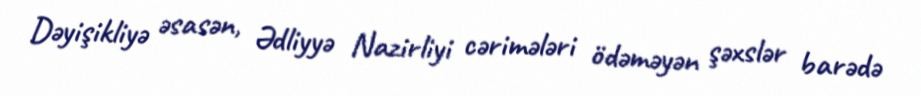
Dəyişikliyə əsasən, Ədliyyə Nazirliyi cərimələri ödəməyən şəxslər barədə